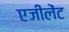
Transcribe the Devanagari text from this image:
एजीलेंट